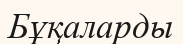
Бұқаларды